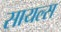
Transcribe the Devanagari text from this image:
सायल्स